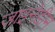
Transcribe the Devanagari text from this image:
जाइनेडीन